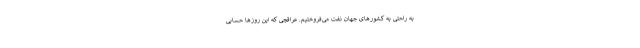
به راحتی به کشورهای جهان نفت می‌فروختیم. عراقچی که این روزها حسابی